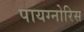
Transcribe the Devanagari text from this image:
पायग्नोरिस